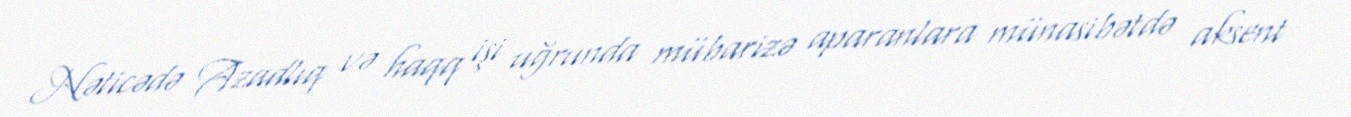
Nəticədə Azadlıq və haqq işi uğrunda mübarizə aparanlara münasibətdə aksent